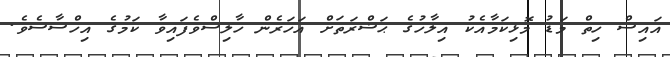
އައިސް ހިތް މަޑު މޮޅިކަމާއެކު އިލާހުގެ ޙަޟްރަތަށް އަހަރެން ހާލިސްވެފައިވާ ކަމުގެ އިހްސާސެވެ.